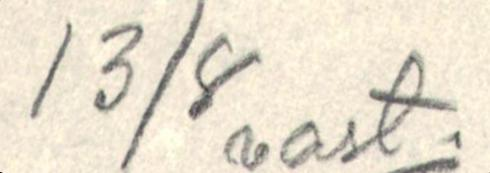
13/8 vast.